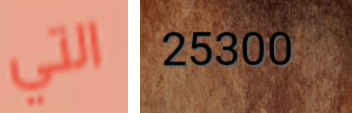
التي 25300